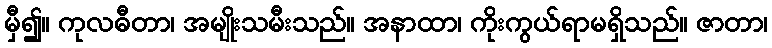
မှီ၍။ ကုလဓီတာ၊ အမျိုးသမီးသည်။ အနာထာ၊ ကိုးကွယ်ရာမရှိသည်။ ဇာတာ၊